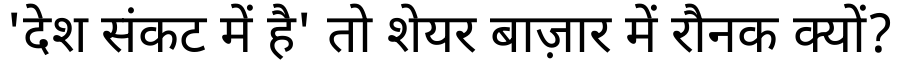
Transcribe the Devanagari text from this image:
'देश संकट में है' तो शेयर बाज़ार में रौनक क्यों?